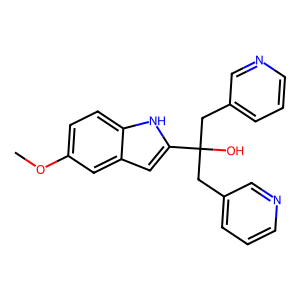
SMILES: COc1ccc2[nH]c(C(O)(Cc3cccnc3)Cc3cccnc3)cc2c1
Inhibits HIV replication: No